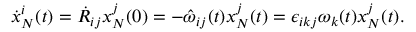
\begin{array} { r } { \dot { x } _ { N } ^ { i } ( t ) = \dot { R } _ { i j } x _ { N } ^ { j } ( 0 ) = - \hat { \omega } _ { i j } ( t ) x _ { N } ^ { j } ( t ) = \epsilon _ { i k j } \omega _ { k } ( t ) x _ { N } ^ { j } ( t ) . } \end{array}